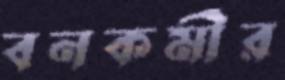
বনকর্মীর